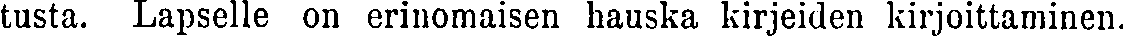
tusta. Lapselle on erinomaisen hauska kirjeiden kirjoittaminen.